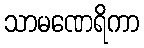
သာမဏေရိကာ